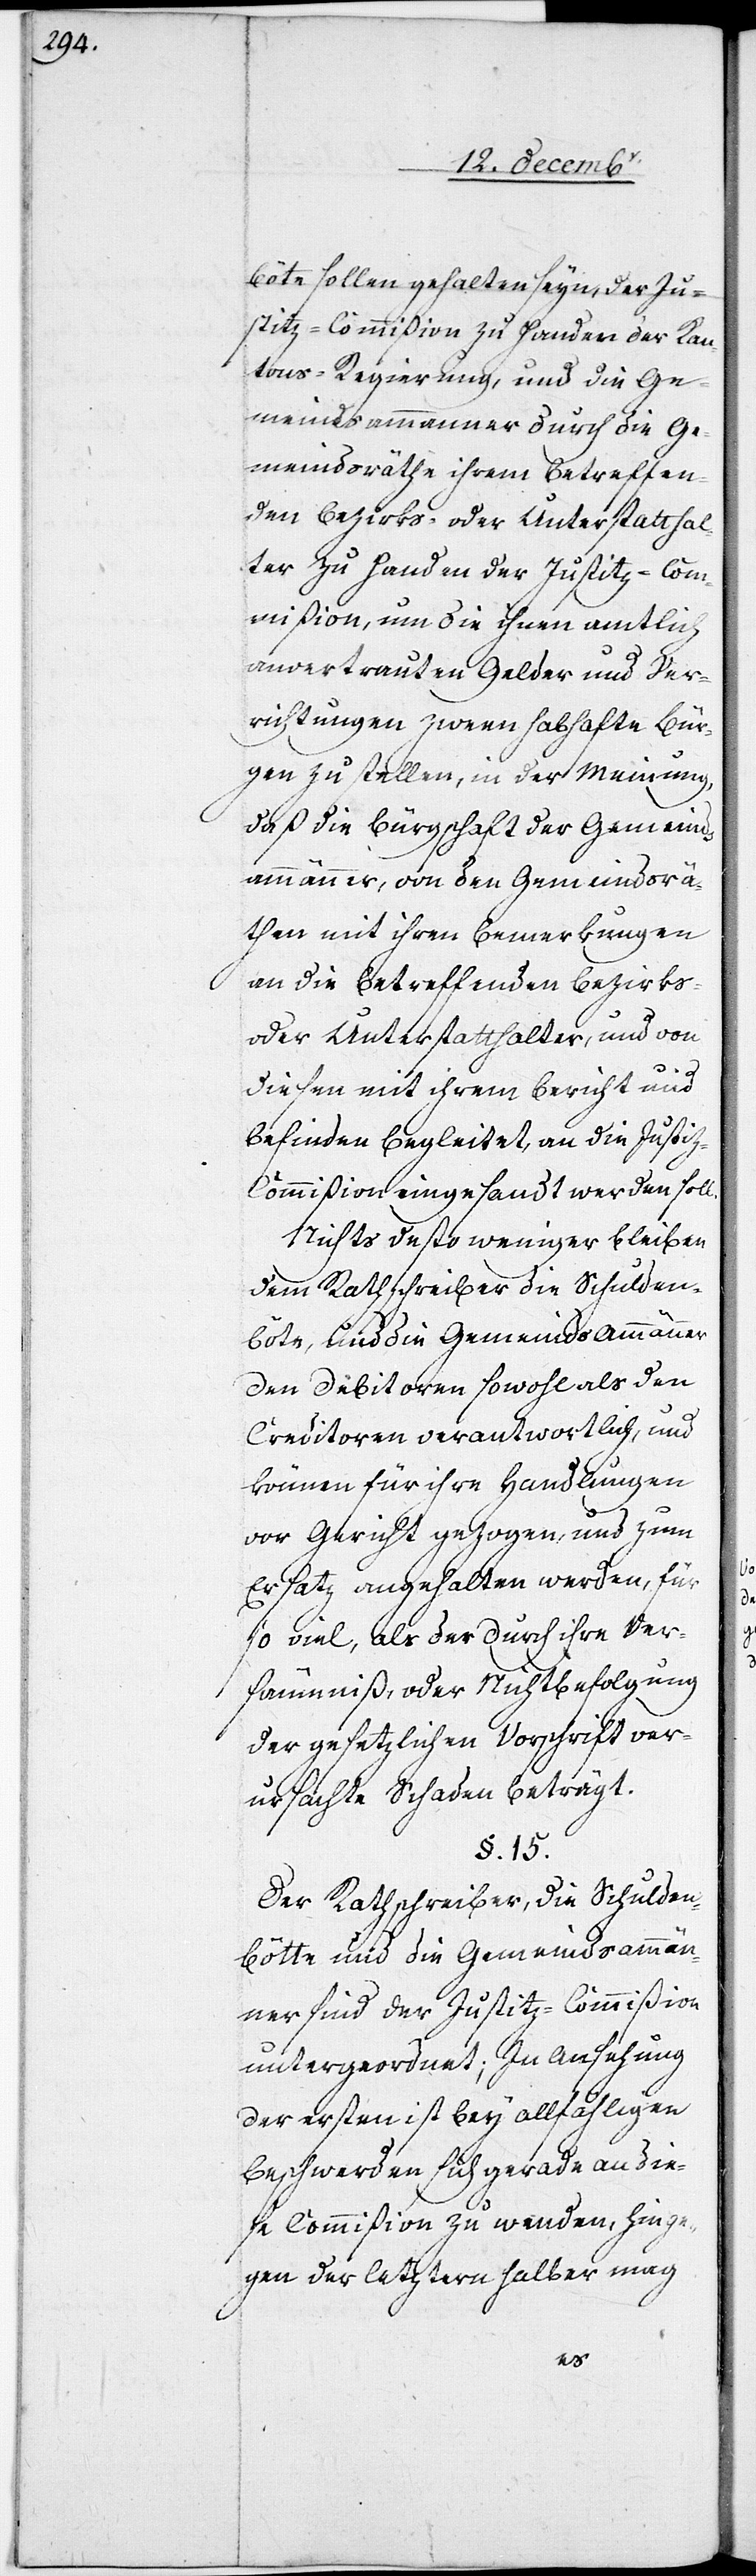
böte sollen gehalten seyn, der Ju¬
stiz-Commißion zu Handen der Kan¬
tons-Regierung, und die Ge¬
meindsammanner durch die Ge¬
meindsräthe ihrem betreffen¬
den Bezirks- oder Unterstatthal¬
ter zu Handen der Justitz-Com¬
mißion, um die ihnen amtlich
anvertrauten Gelder und Ver¬
richtungen zween habhafte Bür¬
gen zu stellen, in der Meinung,
daß die Bürgschaft der Gemeinds¬
ammänner, von den Gemeindsrä¬
then mit ihren Bemerkungen
an die betreffenden Bezirks-
oder Unterstatthalter, und von
diesen mit ihrem Bericht und
Befinden begleitet, an die Justi¬
z-Commißion eingesandt werden soll.
Nichts desto weniger bleiben
dem Rathschreiber die Schulden¬
böte, und die Gemeinds[-]Ammänner
den Debitoren sowohl als den
Creditoren verantwortlich, und
können für ihre Handlungen
vor Gericht gezogen, und zum
Ersatz angehalten werden, für
so viel, als der durch ihre Ver¬
säumniß, oder Nichtbefolgung
der gesetzlichen Vorschrift ver¬
ursachte Schaden beträgt.
§. 15.
Der Rathschreiber, die Schulden¬
bötte und die Gemeindsammän¬
ner sind der Justitz-Commißion
untergeordnet; In Ansehung
der ersten ist bey allfähligen
Beschwerden sich gerade an die¬
se Commißion zu wenden, hinge¬
gen der letztern halber mag